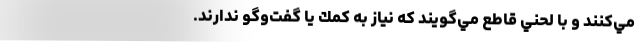
مي‌كنند و با لحني قاطع مي‌گويند كه نياز به كمك يا گفت‌وگو ندارند.